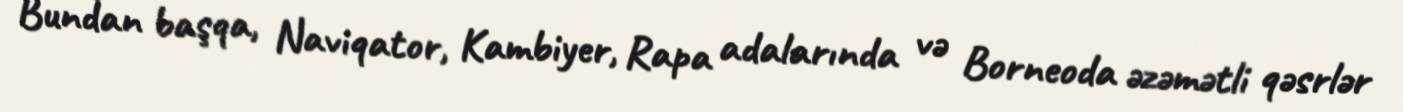
Bundan başqa, Naviqator, Kambiyer, Rapa adalarında və Borneoda əzəmətli qəsrlər